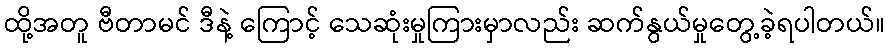
ထို့အတူ ဗီတာမင် ဒီနဲ့ ကြောင့် သေဆုံးမှုကြားမှာလည်း ဆက်နွယ်မှုတွေ့ခဲ့ရပါတယ်။